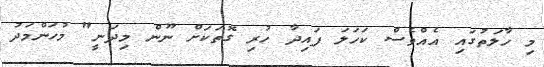
މި ހާލަތުގައި އެއްވެސް ކަހަލަ ފައިދާ ހުރި ގޮތަކަށް ނޫން މިދަނީ" މުހަންމަދު